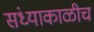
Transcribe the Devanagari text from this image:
संध्याकाळीच